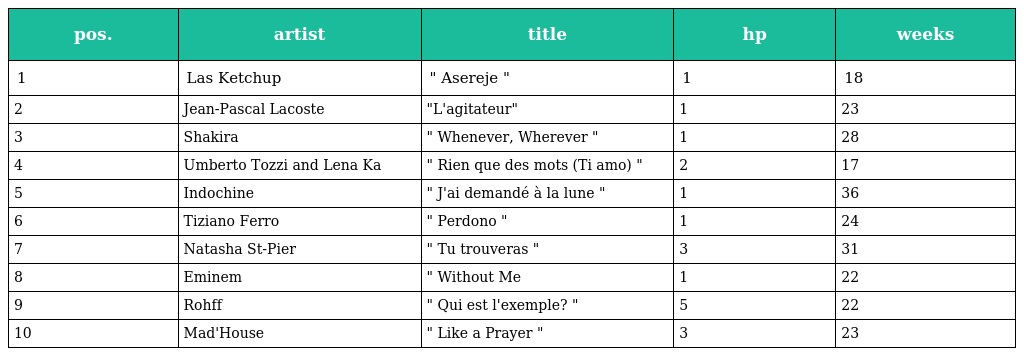
| pos. | artist | title | hp | weeks |
 | --- | --- | --- | --- | --- |
 | 1 | Las Ketchup | " Asereje " | 1 | 18 |
 | 2 | Jean-Pascal Lacoste | "L'agitateur" | 1 | 23 |
 | 3 | Shakira | " Whenever, Wherever " | 1 | 28 |
 | 4 | Umberto Tozzi and Lena Ka | " Rien que des mots (Ti amo) " | 2 | 17 |
 | 5 | Indochine | " J'ai demandé à la lune " | 1 | 36 |
 | 6 | Tiziano Ferro | " Perdono " | 1 | 24 |
 | 7 | Natasha St-Pier | " Tu trouveras " | 3 | 31 |
 | 8 | Eminem | " Without Me | 1 | 22 |
 | 9 | Rohff | " Qui est l'exemple? " | 5 | 22 |
 | 10 | Mad'House | " Like a Prayer " | 3 | 23 |